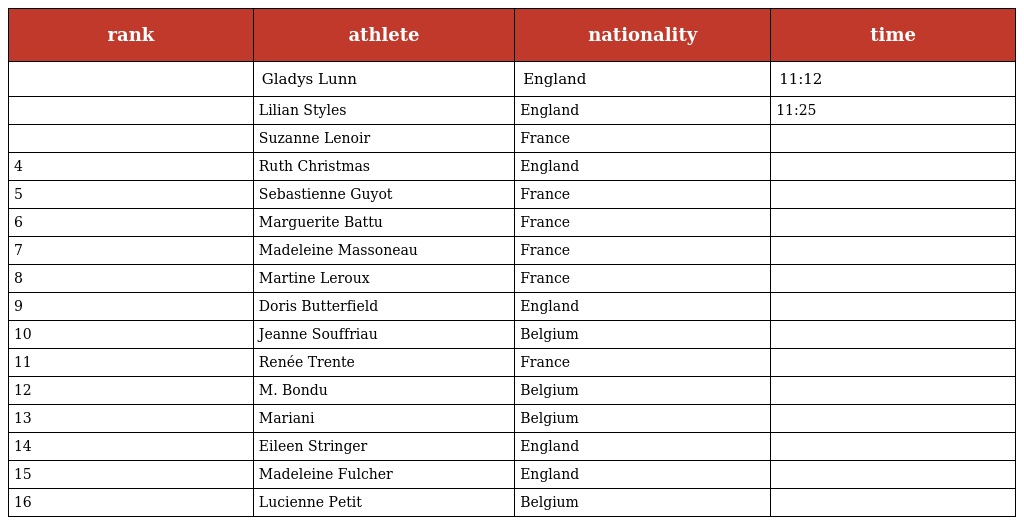
| rank | athlete | nationality | time |
 | --- | --- | --- | --- |
 |  | Gladys Lunn | England | 11:12 |
 |  | Lilian Styles | England | 11:25 |
 |  | Suzanne Lenoir | France |  |
 | 4 | Ruth Christmas | England |  |
 | 5 | Sebastienne Guyot | France |  |
 | 6 | Marguerite Battu | France |  |
 | 7 | Madeleine Massoneau | France |  |
 | 8 | Martine Leroux | France |  |
 | 9 | Doris Butterfield | England |  |
 | 10 | Jeanne Souffriau | Belgium |  |
 | 11 | Renée Trente | France |  |
 | 12 | M. Bondu | Belgium |  |
 | 13 | Mariani | Belgium |  |
 | 14 | Eileen Stringer | England |  |
 | 15 | Madeleine Fulcher | England |  |
 | 16 | Lucienne Petit | Belgium |  |